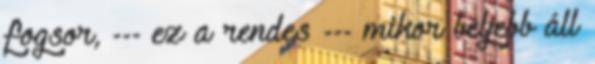
fogsor, --- ez a rendes --- mikor beljebb áll